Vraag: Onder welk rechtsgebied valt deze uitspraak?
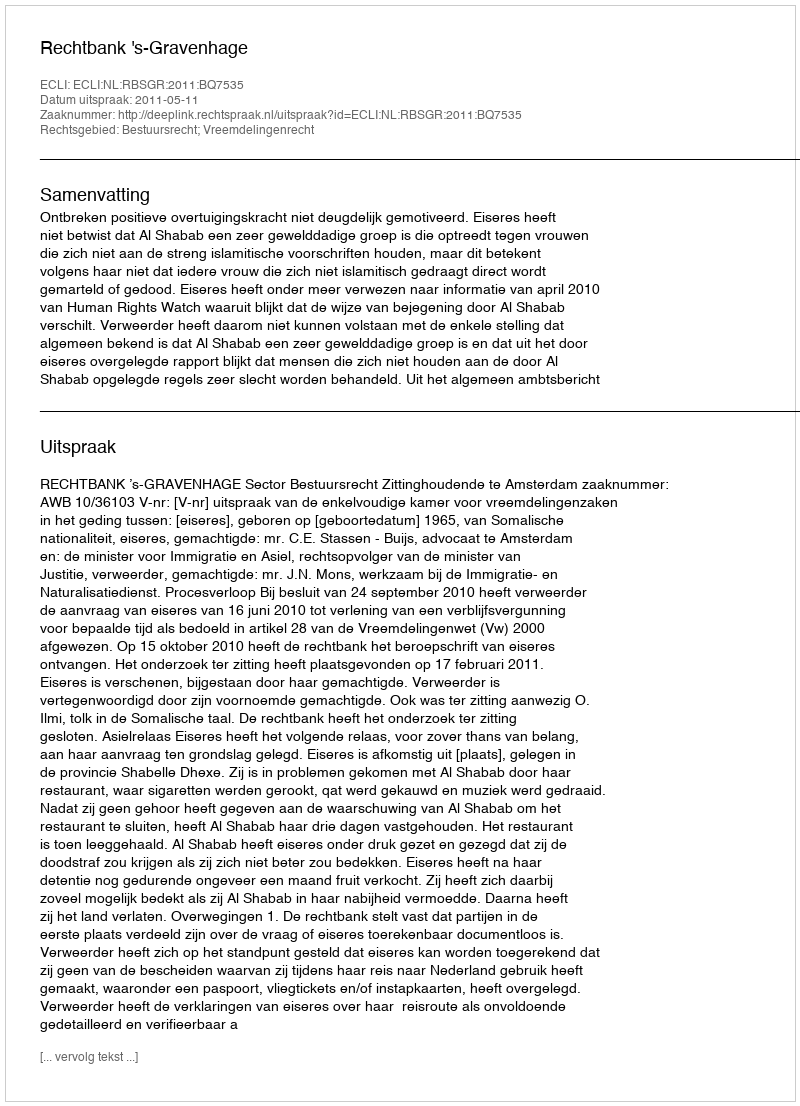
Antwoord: Bestuursrecht; Vreemdelingenrecht